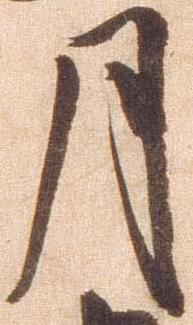
月